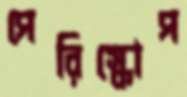
পেরিস্কোপ